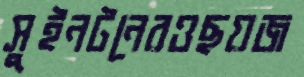
সুইনটনেরওছয়জ